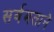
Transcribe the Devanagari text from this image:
सर्वमताने